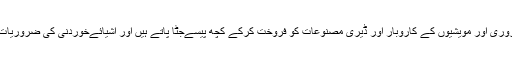
کسان اکثر مویشی پروری اور مویشیوں کے کاروبار اور ڈیری مصنوعات کو فروخت کرکے کچھ پیسےجٹا پاتے ہیں اور اشیائےخوردنی کی ضروریات کو پورا کرتے ہیں۔